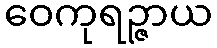
ဝေကုရဉ္ဇာယ